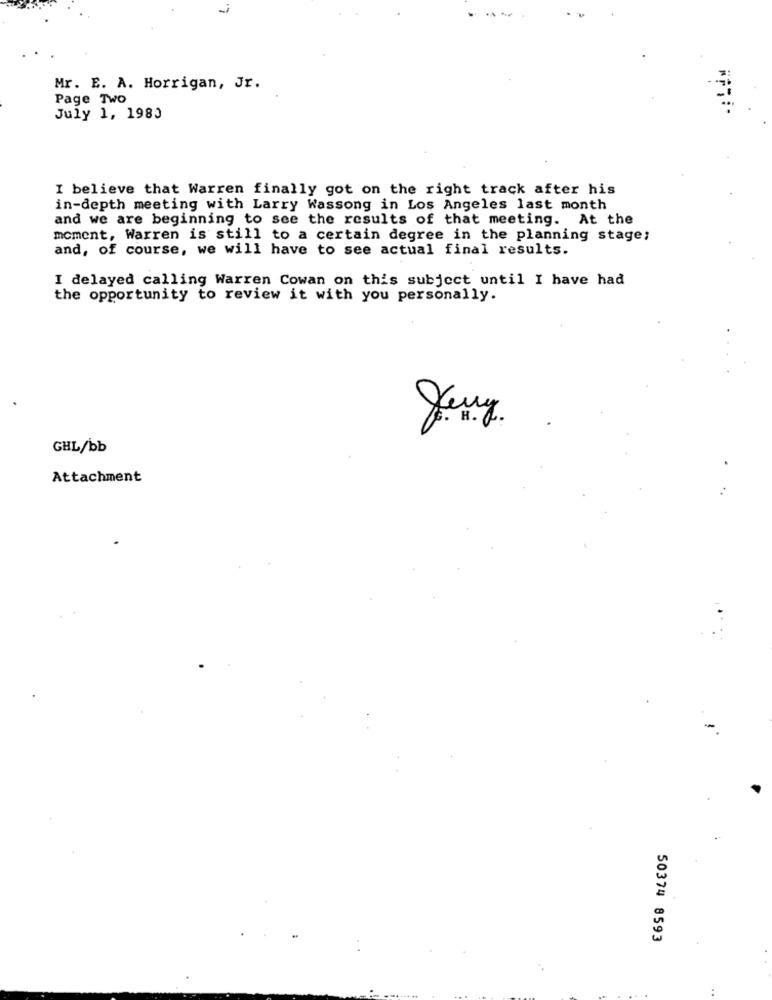
-
Mr. E. A. Horrigan, Jr.
Page Two
July 1, 1980
I believe that Warren finally got on the right track after his
in-depth meeting with Larry Wassong in Los Angeles last month
and we are beginning to see the results of that meeting. At the
moment, Warren is still to a certain degree in the planning stage;
and, of course, we will have to see actual final results.
I delayed calling Warren Cowan on this subject until I have had
the opportunity to review it with you personally.
GHL/bb
Attachment
50374 8593